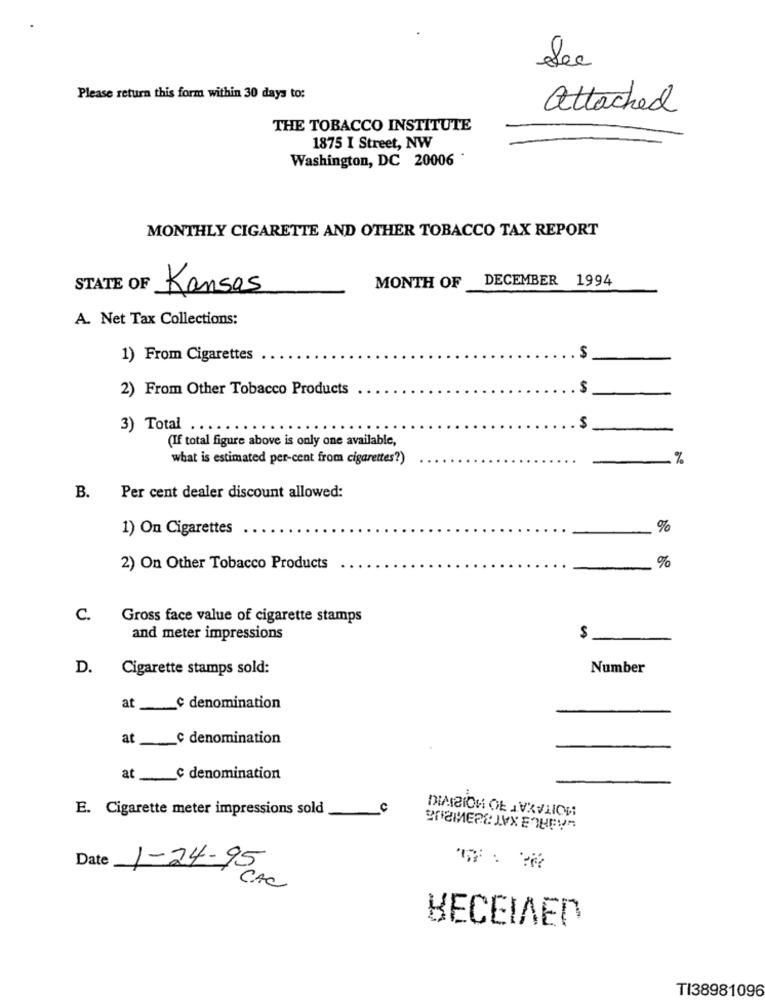
Sec
Please return this form within 30 days to:
attached
THE TOBACCO INSTITUTE
1875 I Street, NW
Washington, DC 20006
MONTHLY CIGARETTE AND OTHER TOBACCO TAX REPORT
DECEMBER 1994
STATE OF
Kansas
MONTH OF
A. Net Tax Collections:
1) From Cigarettes
. $
2) From Other Tobacco Products
.$
3) Total ...
.$
(If total figure above is only one available,
what is estimated per-cent from cigarettes?)
%
B.
Per cent dealer discount allowed:
1) On Cigarettes
%
%
2) On Other Tobacco Products
C. Gross face value of cigarette stamps
and meter impressions
$
D.
Cigarette stamps sold:
Number
at __ ¢ denomination
at __ c denomination
at __ c denomination
E. Cigarette meter impressions sold
c
Date
..
1-24- 95
CAC
BECEIAEN
TI38981096